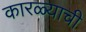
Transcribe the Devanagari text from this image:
कारळ्याची